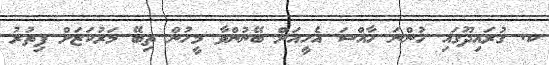
ކ. ގުރައިދޫގައި ހުންނަ ހާއްސަ އެހީއަށް ބޭނުންވާ މީހުން ތިބޭ މަރުކަޒަށް ފިތުރު